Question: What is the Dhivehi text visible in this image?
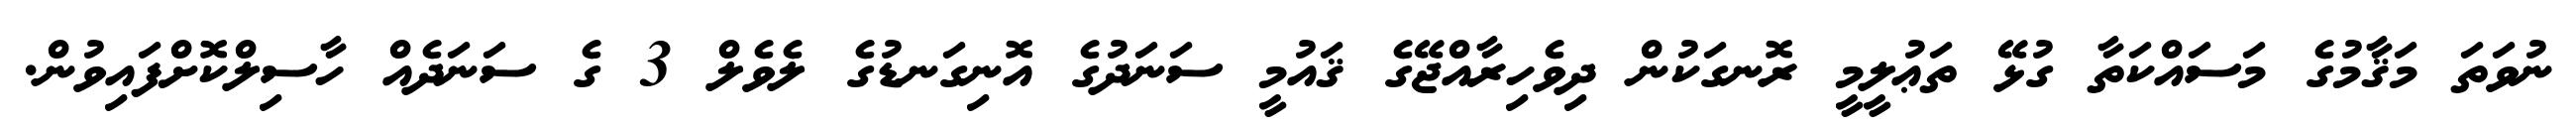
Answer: ނުވަތަ މަޤާމުގެ މަސައްކަތާ ގުޅޭ ތަޢުލީމީ ރޮނގަކުން ދިވެހިރާއްޖޭގެ ޤައުމީ ސަނަދުގެ އޮނިގަނޑުގެ ލެވެލް 3 ގެ ސަނަދެއް ހާސިލްކޮށްފައިވުން.